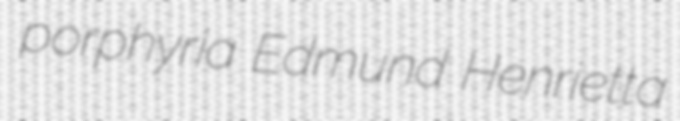
porphyria Edmund Henrietta